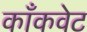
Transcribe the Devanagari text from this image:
काँकवेट